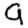
Digit: 9